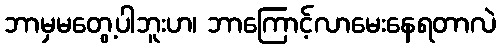
ဘာမှမတွေ့ပါဘူးဟ၊ ဘာကြောင့်လာမေးနေရတာလဲ